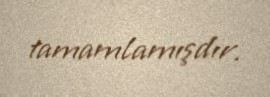
tamamlamışdır.